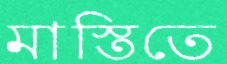
মাস্তিতে